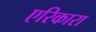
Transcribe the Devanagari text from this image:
एरिकारा